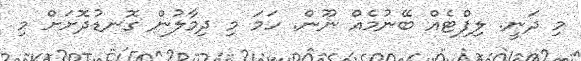
މި ދަނީ. ލިފްޓެއް ބޭނުމެއް ނޫން. ހަމަ މި ދިމާލުން ގޮނޑުދޮށަށް މި